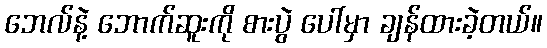
ဘေလ်နဲ့ ဘောက်ဆူးကို စားပွဲ ပေါ်မှာ ချန်ထားခဲ့တယ်။